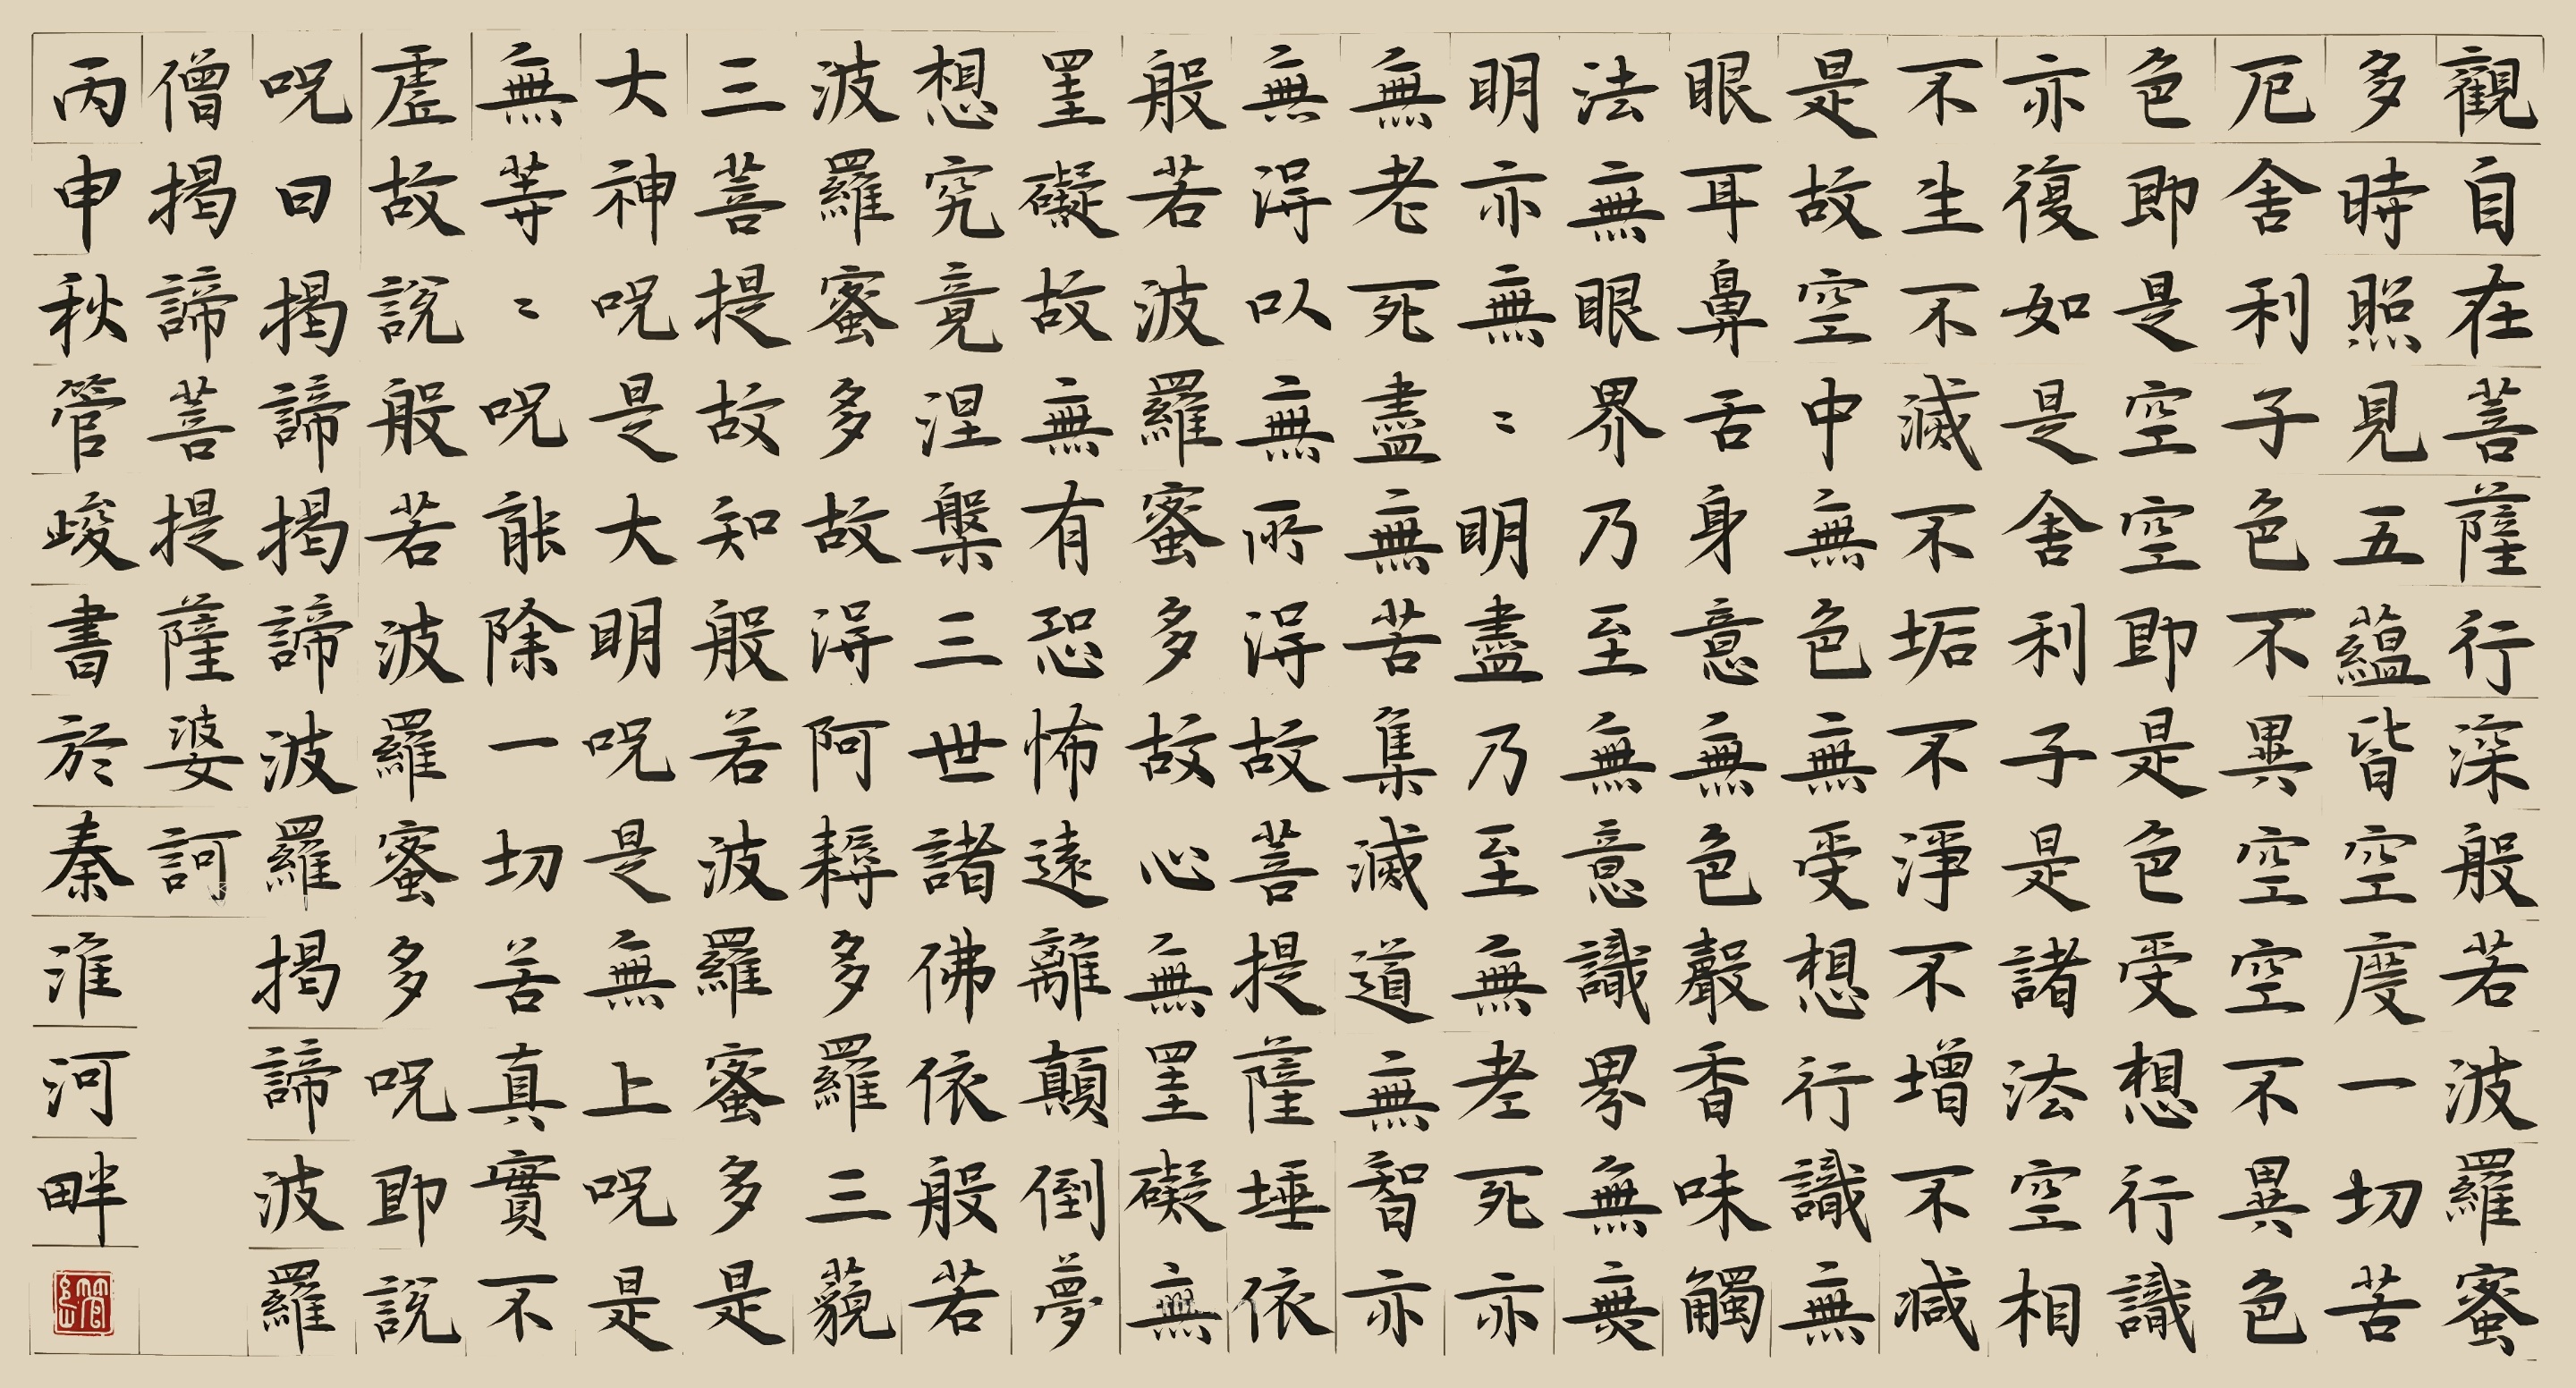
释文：观自在菩萨，行深般若波罗蜜多时，照见五蕴皆空，度一切苦厄。舍利子，色不异空，空不异色，色即是空，空即是色，受想行识，亦复如是。舍利子，是诸法空相，不生不灭，不垢不净，不增不减。是故空中无色，无受想行识，无眼耳鼻舌身意，无色声香味触法，无眼界，乃至无意识界，无无明，亦无无明尽，乃至无老死，亦无老死尽。无苦集灭道，无智亦无得。以无所得故。菩提萨埵，依般若波罗蜜多故，心无挂碍。无挂碍故，无有恐怖，远离颠倒梦想，究竟涅盘。三世诸佛，依般若波罗蜜多故，得阿耨多罗三藐三菩提。故知般若波罗蜜多，是大神咒，是大明咒，是无上咒，是无等等咒，能除一切苦，真实不虚。故说般若波罗蜜多咒，即说咒曰：揭谛揭谛，波罗揭谛，波罗僧揭谛，菩提萨婆诃。丙申秋管峻书于秦淮河畔。